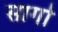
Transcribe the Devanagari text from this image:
सागो